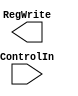
module Control(ControlIn, RegWrite);


input [6:0] ControlIn;
output reg RegWrite;

always @(ControlIn) begin
    case(ControlIn)
    7'b0110011:$display("R-Type");
    



    endcase


end

endmodule